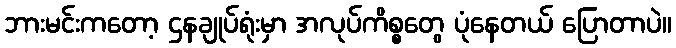
ဘားမင်းကတော့ ဌနချုပ်ရုံးမှာ အလုပ်ကိစ္စတွေ ပုံနေတယ် ပြောတာပဲ။